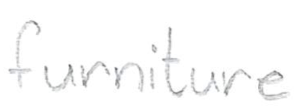
Text: furniture
Cross-out: clean
Writing tool: pencil